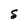
Character: S